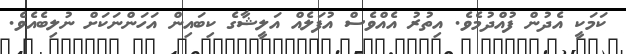
ކަމަކީ އެދުން ފުއްދުމެވެ. އިތުރު އެއްވެސް އުފަލެއް އަލީޝާގެ ކިބައިން އަހަންނަކަށް ނުލިބެއެވެ.